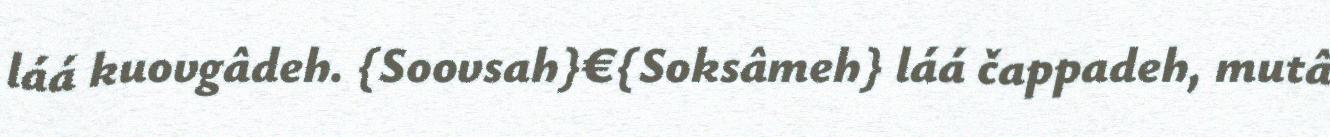
láá kuovgâdeh. {Soovsah}€{Soksâmeh} láá čappadeh, mutâ